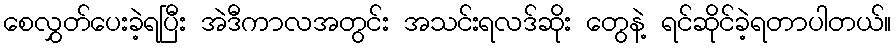
စေလွှတ်ပေးခဲ့ရပြီး အဲဒီကာလအတွင်း အသင်းရလဒ်ဆိုး တွေနဲ့ ရင်ဆိုင်ခဲ့ရတာပါတယ်။